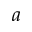
a